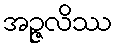
အဉ္ဇလိဿ